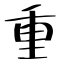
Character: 重